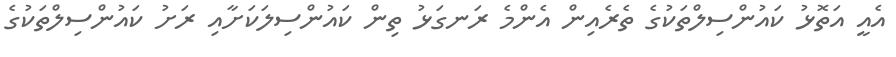
އެއީ އަތޮޅު ކައުންސިލްތަކުގެ ތެރެއިން އެންމެ ރަނގަޅު ތިން ކައުންސިލަކަށާއި ރަށު ކައުންސިލްތަކުގެ